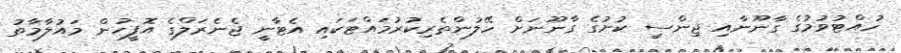
ހުއްޓުވުމުގެ ގާނޫނާއި ޖިންސީ ކުށުގެ ގާނޫނަށް ހޭލުންތެރިކުރުމައްޓަކައި އެޓާނީ ޖެނެރަލްގެ އޮފީހުން މައުލާމާތު